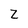
Character: Z